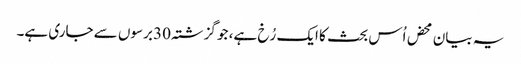
یہ بیان محض اُس بحث کا ایک رُخ ہے، جو گزشتہ 30 برسوں سے جاری ہے۔